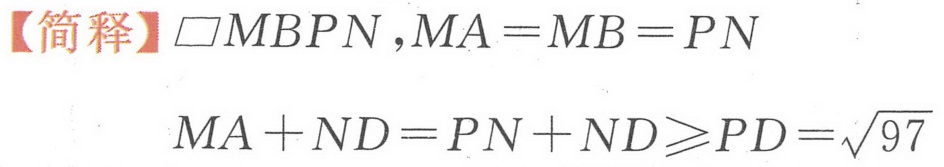
【简释】\(\square MBPN\),\(MA = MB = PN\)
\(MA + ND=PN + ND\geqslant PD=\sqrt{97}\)